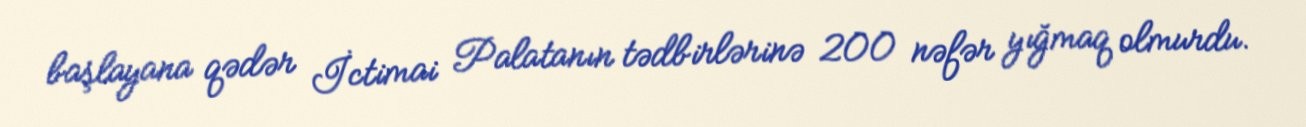
başlayana qədər İctimai Palatanın tədbirlərinə 200 nəfər yığmaq olmurdu.